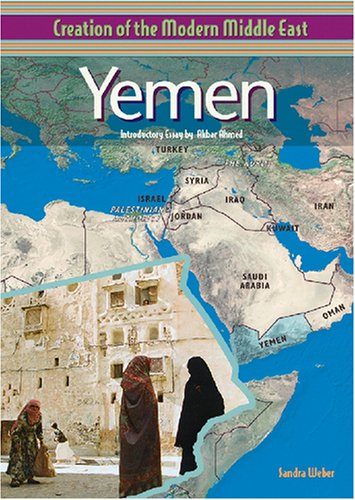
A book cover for Yemen (Creation of the Modern Middle East); Sandra Weber; History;